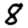
Digit: 8